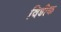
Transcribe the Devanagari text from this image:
विडीक